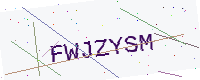
Text: FWJZYSM